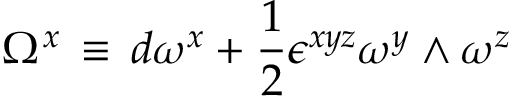
\Omega ^ { x } \, \equiv \, d \omega ^ { x } + { \frac { 1 } { 2 } } \epsilon ^ { x y z } \omega ^ { y } \wedge \omega ^ { z }